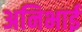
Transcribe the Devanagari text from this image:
अनिभाई